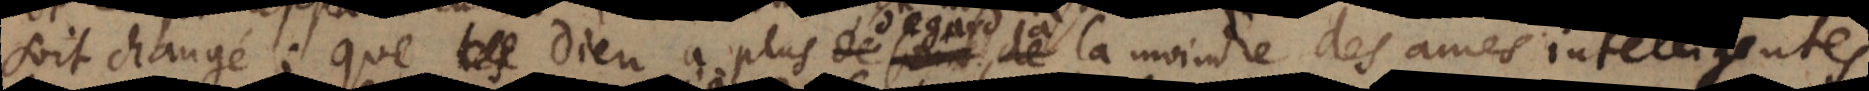
soit changé; que Dieu a plus d’egard à la moindre des ames intelligentes